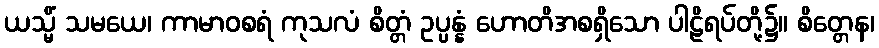
ယသ္မိံ သမယေ၊ ကာမာဝစရံ ကုသလံ စိတ္တံ ဥပ္ပန္နံ ဟောတိအစရှိသော ပါဠိရပ်တို့၌။ စိတ္တေန၊